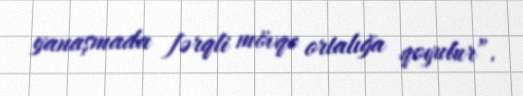
yanaşmada fərqli mövqe ortalığa qoyulur”.